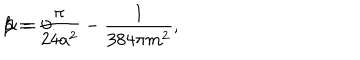
\beta = \frac { \pi } { 2 4 a ^ { 2 } } - \frac { 1 } { 3 8 4 \pi m ^ { 2 } } , \hspace { 2 c m } \alpha = 0 .